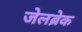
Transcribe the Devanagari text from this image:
जेलब्रेक